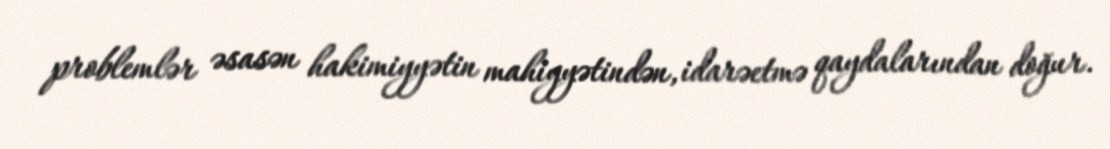
problemlər əsasən hakimiyyətin mahiyyətindən, idarəetmə qaydalarından doğur.